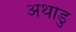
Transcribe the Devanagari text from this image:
अथाडु